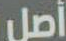
أصل